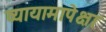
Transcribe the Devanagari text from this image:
व्यायामापेक्षा